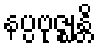
နပ္ပဗုဇ္ဈန္တိ